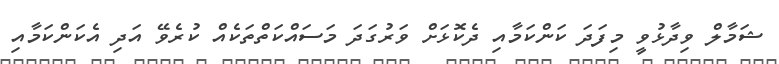
ޝަމާލް ވިދާޅުވީ މިފަދަ ކަންކަމާއި ދެކޮޅަށް ވަރުގަދަ މަސައްކަތްތަކެއް ކުރެވޭ އަދި އެކަންކަމާއި